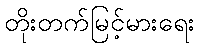
တိုးတက်မြင့်မားရေး